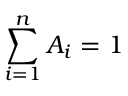
\sum _ { i = 1 } ^ { n } A _ { i } = 1